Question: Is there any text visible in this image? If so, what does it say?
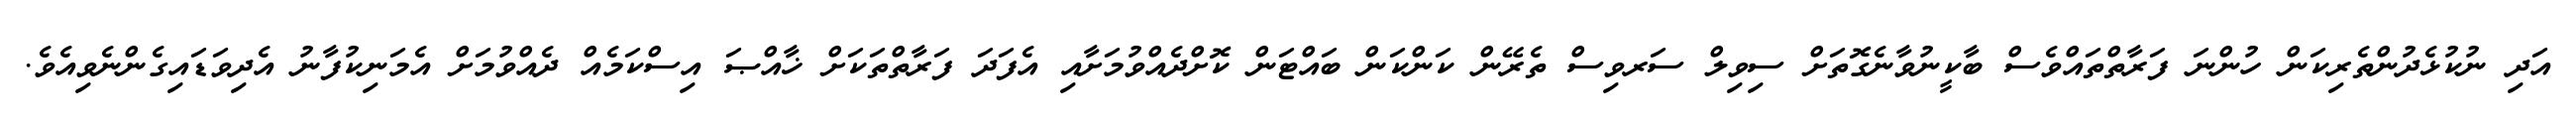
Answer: އަދި ނުކުޅެދުންތެރިކަން ހުންނަ ފަރާތްތައްވެސް ބާކީނުވާނެގޮތަށް ސިވިލް ސަރވިސް ތެރޭން ކަންކަން ބައްޓަން ކޮށްދެއްވުމަށާއި އެފަދަ ފަރާތްތަކަށް ޚާއްޞަ އިސްކަމެއް ދެއްވުމަށް އެމަނިކުފާނު އެދިވަޑައިގެންނެވިއެވެ.